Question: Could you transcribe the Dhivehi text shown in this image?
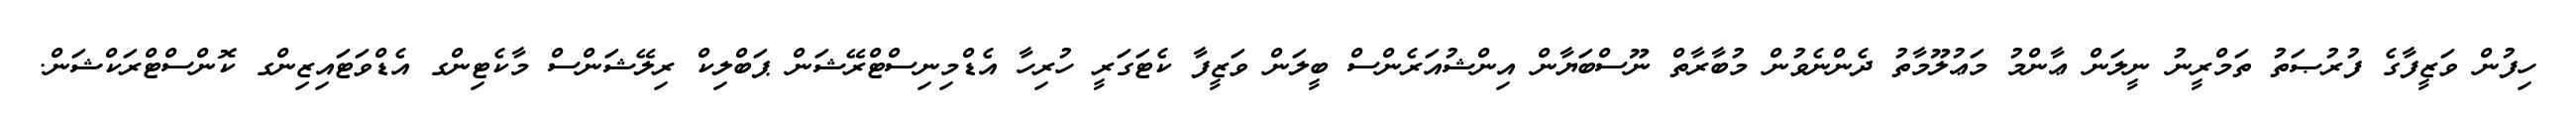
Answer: ހިފުން ވަޒީފާގެ ފުރުޞަތު ތަމްރީނު ނީލަން ޢާންމު މަޢުލޫމާތު ދެންނެވުން މުބާރާތް ނޫސްބަޔާން އިންޝުއަރެންސް ބީލަން ވަޒީފާ ކެޓަގަރީ ހުރިހާ އެޑްމިނިސްޓްރޭޝަން ޕަބްލިކް ރިލޭޝަންސް މާކެޓިންގ އެޑްވަޓައިޒިންގ ކޮންސްޓްރަކްޝަން.